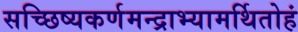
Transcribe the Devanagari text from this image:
सच्छिष्यकर्णमन्द्राभ्यामर्थितोहं